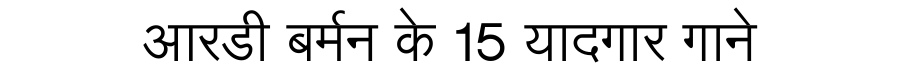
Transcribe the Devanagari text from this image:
आरडी बर्मन के 15 यादगार गाने